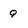
Character: Q